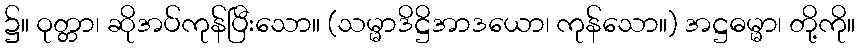
၌။ ဝုတ္တာ၊ ဆိုအပ်ကုန်ပြီးသော။ (သမ္မာဒိဋ္ဌိအာဒယော၊ ကုန်သော။) အဋ္ဌဓမ္မာ၊ တို့ကို။